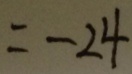
= - 2 4